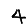
Digit: 4